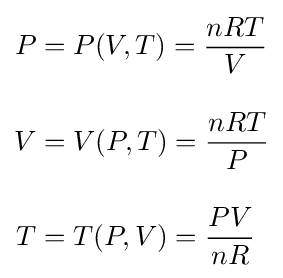
{\begin{aligned}P&=P(V,T)={\frac {nRT}{V}}\\[1em]V&=V(P,T)={\frac {nRT}{P}}\\[1em]T&=T(P,V)={\frac {PV}{nR}}\end{aligned}}